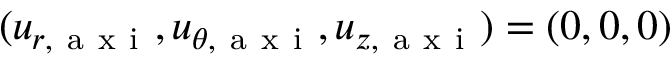
( u _ { r , \mathrm { ~ a ~ x ~ i ~ } } , u _ { \theta , \mathrm { ~ a ~ x ~ i ~ } } , u _ { z , \mathrm { ~ a ~ x ~ i ~ } } ) = ( 0 , 0 , 0 )